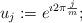
LaTeX: \begin{align*} u_j:=e^{\imath 2\pi \frac{j}{m}};\end{align*}